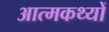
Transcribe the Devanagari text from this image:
आत्मकथ्यों